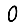
Digit: 0